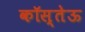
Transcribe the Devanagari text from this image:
कॉस्तेऊ